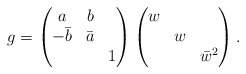
\begin{align*}g=\begin{pmatrix}a&b&\\-\bar{b}&\bar{a}&\\&&1\end{pmatrix}\begin{pmatrix}w&&\\&w&\\&&\bar{w}^2\end{pmatrix}.\end{align*}